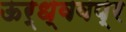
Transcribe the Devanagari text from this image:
ऊर्ध्ववप्र